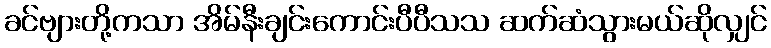
ခင်ဗျားတို့ကသာ အိမ်နီးချင်းကောင်းပီပီသသ ဆက်ဆံသွားမယ်ဆိုလျှင်